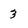
Character: 3